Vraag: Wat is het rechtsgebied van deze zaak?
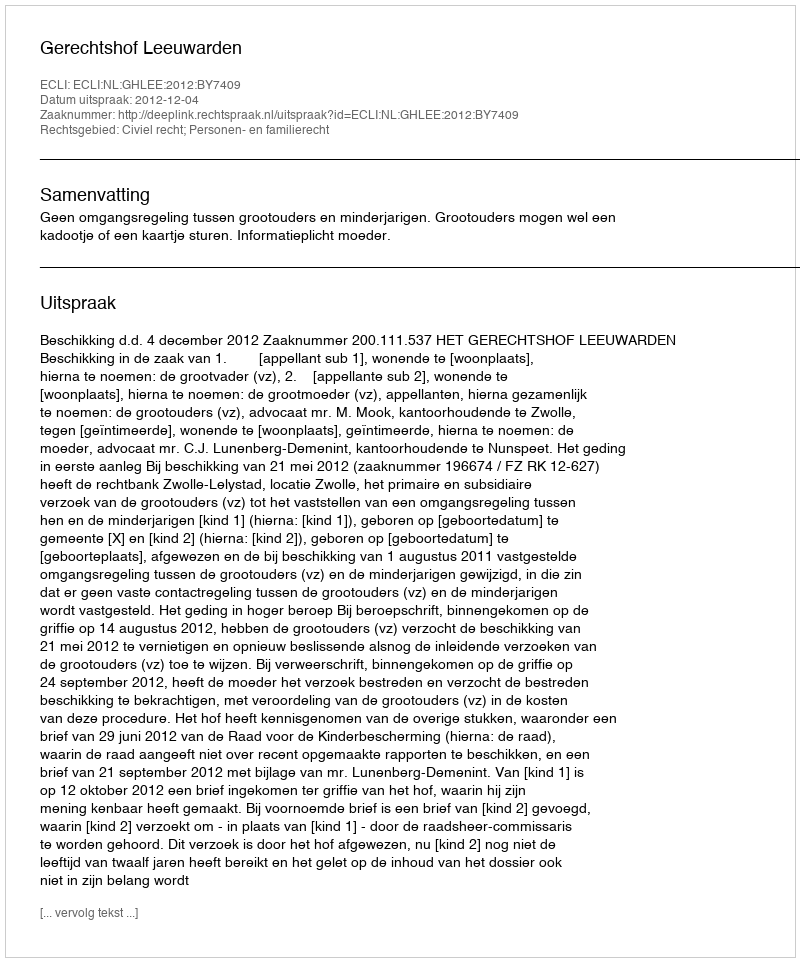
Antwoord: Civiel recht; Personen- en familierecht